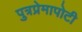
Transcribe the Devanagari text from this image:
पुत्रप्रेमापोटी